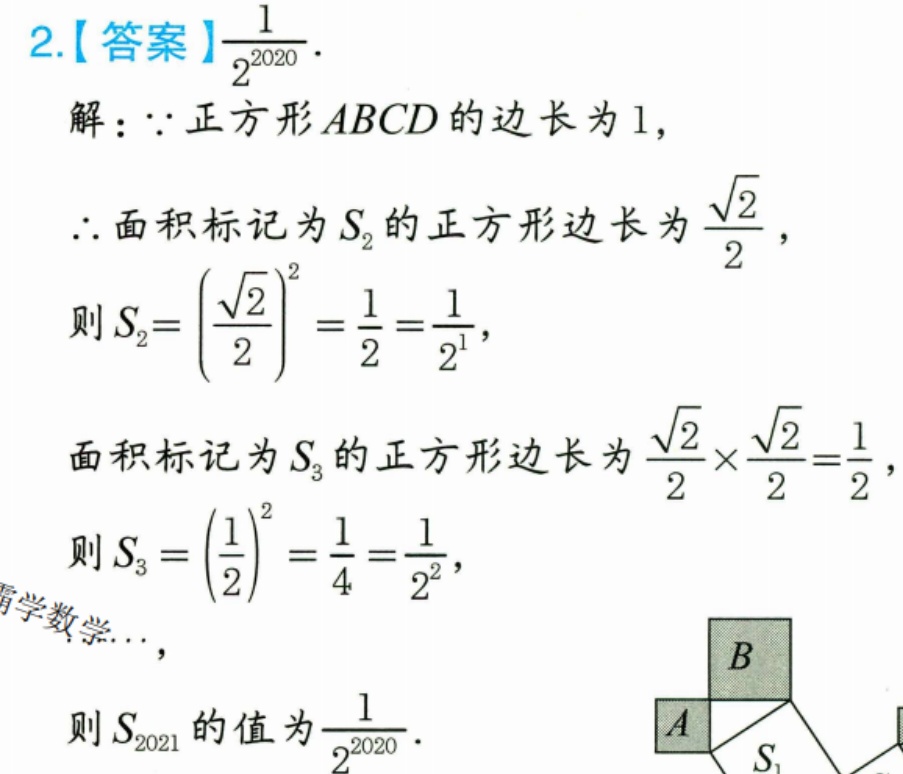
2.【答案】$\dfrac{1}{2^{2020}}$.
解：$\because$正方形$ABCD$的边长为$1$，
$\therefore$面积标记为$S_{2}$的正方形边长为$\dfrac{\sqrt{2}}{2}$，
则$S_{2}=\left(\dfrac{\sqrt{2}}{2}\right)^{2}=\dfrac{1}{2}=\dfrac{1}{2^{1}}$，
面积标记为$S_{3}$的正方形边长为$\dfrac{\sqrt{2}}{2}\times\dfrac{\sqrt{2}}{2}=\dfrac{1}{2}$，
则$S_{3}=\left(\dfrac{1}{2}\right)^{2}=\dfrac{1}{4}=\dfrac{1}{2^{2}}$，
精学数学…，
则$S_{2021}$的值为$\dfrac{1}{2^{2020}}$.